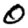
Digit: 0